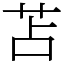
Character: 苫